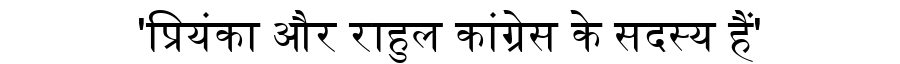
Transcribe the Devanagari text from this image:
'प्रियंका और राहुल कांग्रेस के सदस्य हैं'